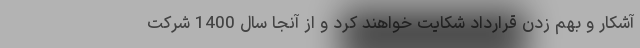
آشکار و بهم زدن قرارداد شکایت خواهند کرد و از آنجا سال 1400 شرکت